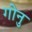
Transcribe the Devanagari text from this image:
गोनु